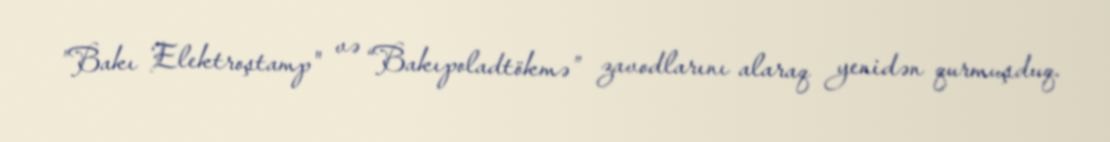
”Bakı Elektroştamp" və “Bakıpoladtökmə” zavodlarını alaraq yenidən qurmuşduq.